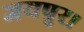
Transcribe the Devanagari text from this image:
जयपुर।